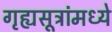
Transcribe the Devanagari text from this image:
गृह्यसूत्रांमध्ये